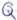
Text: Q